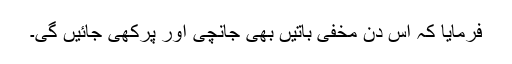
فرمایا کہ اس دن مخفی باتیں بھی جانچی اور پرکھی جائیں گی۔